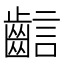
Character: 𪘎